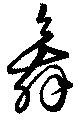
舞